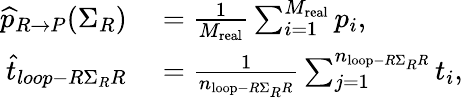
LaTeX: \begin{array}{rl}{\widehat{p}_{R\rightarrow P}(\Sigma_{R})}&{{}=\frac{1}{M_{\mathrm{real}}}\sum_{i=1}^{M_{\mathrm{real}}}p_{i},}\\ {\widehat{t}_{loop-R\Sigma_{R}R}}&{{}=\frac{1}{n_{\mathrm{loop}-R\Sigma_{R}R}}\sum_{j=1}^{n_{\mathrm{loop}-R\Sigma_{R}R}}t_{i},}\end{array}